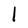
Character: I